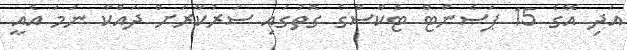
އަދި އޭގެ 15 ޕަސެންޓް ޓެކްސްގެ ގޮތުގައި ސަރުކާރަށް ދައްކާ ނަމަ އެއީ